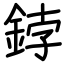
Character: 鋍